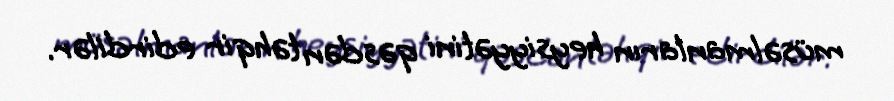
müsəlmanların heysiyyətini qəsdən təhqir edirdilər.